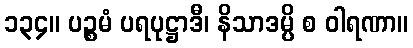
၁၃၄။ ပဉ္စမံ ပရပုဋ္ဌာဒီ၊ နိသာဒမ္ပိ စ ဝါရဏာ။